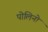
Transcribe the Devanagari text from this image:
पोलिनो